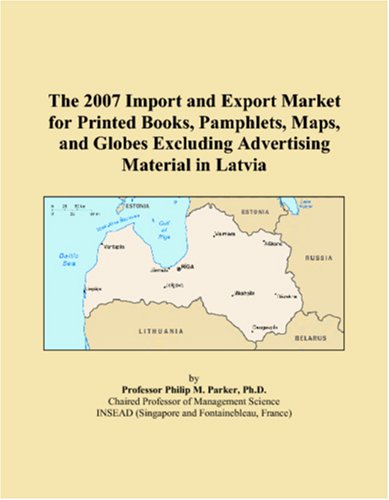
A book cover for The 2007 Import and Export Market for Printed Books, Pamphlets, Maps, and Globes Excluding Advertising Material in Latvia; Philip M. Parker; Travel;